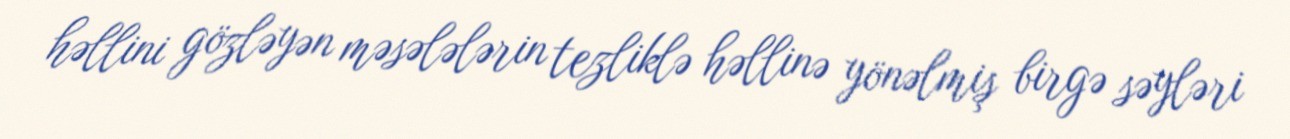
həllini gözləyən məsələlərin tezliklə həllinə yönəlmiş birgə səyləri